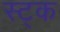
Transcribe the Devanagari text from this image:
स्ट्क